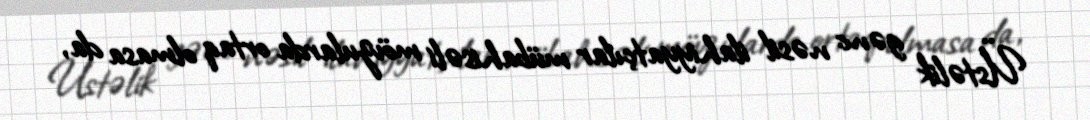
Üstəlik gənc nəsil ilahiyyatçılar mübahisəli mövzularda ortaq olmasa da,